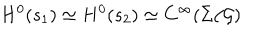
LaTeX: H ^ { 0 } ( s _ { 1 } ) \simeq H ^ { 0 } ( s _ { 2 } ) \simeq C ^ { \infty } ( \Sigma / { \cal G } )